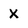
Character: x